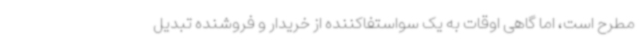
مطرح است، اما گاهی اوقات به یک سواستفاکننده از خریدار و فروشنده تبدیل